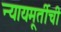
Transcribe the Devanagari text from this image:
न्यायमूर्तीची